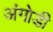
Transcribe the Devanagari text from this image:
अंगोडी